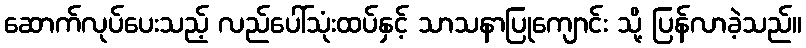
ဆောက်လုပ်ပေးသည့် လည်ပေါ်သုံးထပ်နှင့် သာသနာပြုကျောင်း သို့ ပြန်လာခဲ့သည်။